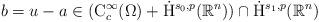
LaTeX: \begin{align*} b=u-a \in (\mathrm{C}_c^\infty(\Omega)+\dot{\mathrm{H}}^{s_0,p}(\mathbb{R}^n))\cap\dot{\mathrm{H}}^{s_1,p}(\mathbb{R}^n)\end{align*}